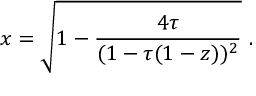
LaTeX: x = \sqrt { 1 - { \frac { 4 \tau } { ( 1 - \tau ( 1 - z ) ) ^ { 2 } } } } \ .